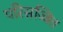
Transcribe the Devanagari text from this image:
परिसज्जित